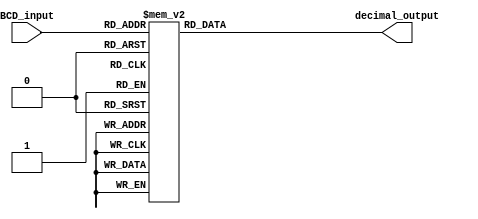
module BCD_decoder (
    input [3:0] BCD_input,
    output reg [6:0] decimal_output
    );

always @* begin
    case (BCD_input)
        4'b0000: decimal_output = 7'b0111111; // 0
        4'b0001: decimal_output = 7'b0000110; // 1
        4'b0010: decimal_output = 7'b1011011; // 2
        4'b0011: decimal_output = 7'b1001111; // 3
        4'b0100: decimal_output = 7'b1100110; // 4
        4'b0101: decimal_output = 7'b1101101; // 5
        4'b0110: decimal_output = 7'b1111101; // 6
        4'b0111: decimal_output = 7'b0000111; // 7
        4'b1000: decimal_output = 7'b1111111; // 8
        4'b1001: decimal_output = 7'b1101111; // 9
        default: decimal_output = 7'b1111111; // default to 9
    endcase
end

endmodule